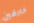
خارقين